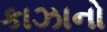
કાઝાનો